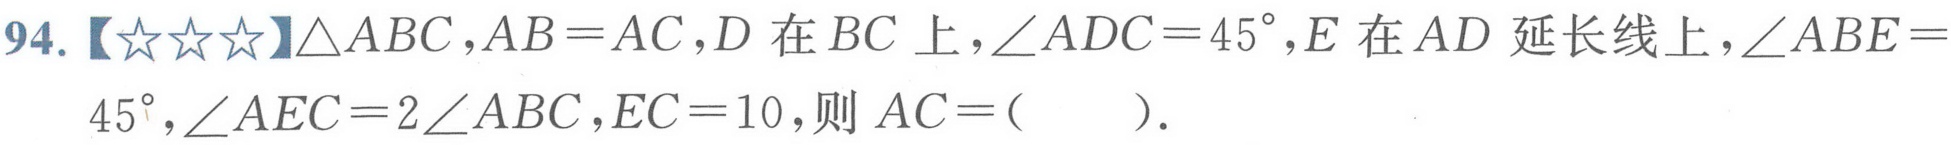
94.【★★★】\(\triangle ABC\), \(AB = AC\), \(D\)在\(BC\)上，\(\angle ADC = 45^{\circ}\), \(E\)在\(AD\)延长线上，\(\angle ABE = \)
\(45^{\circ}\), \(\angle AEC = 2\angle ABC\), \(EC = 10\), 则\(AC=(\quad)\).